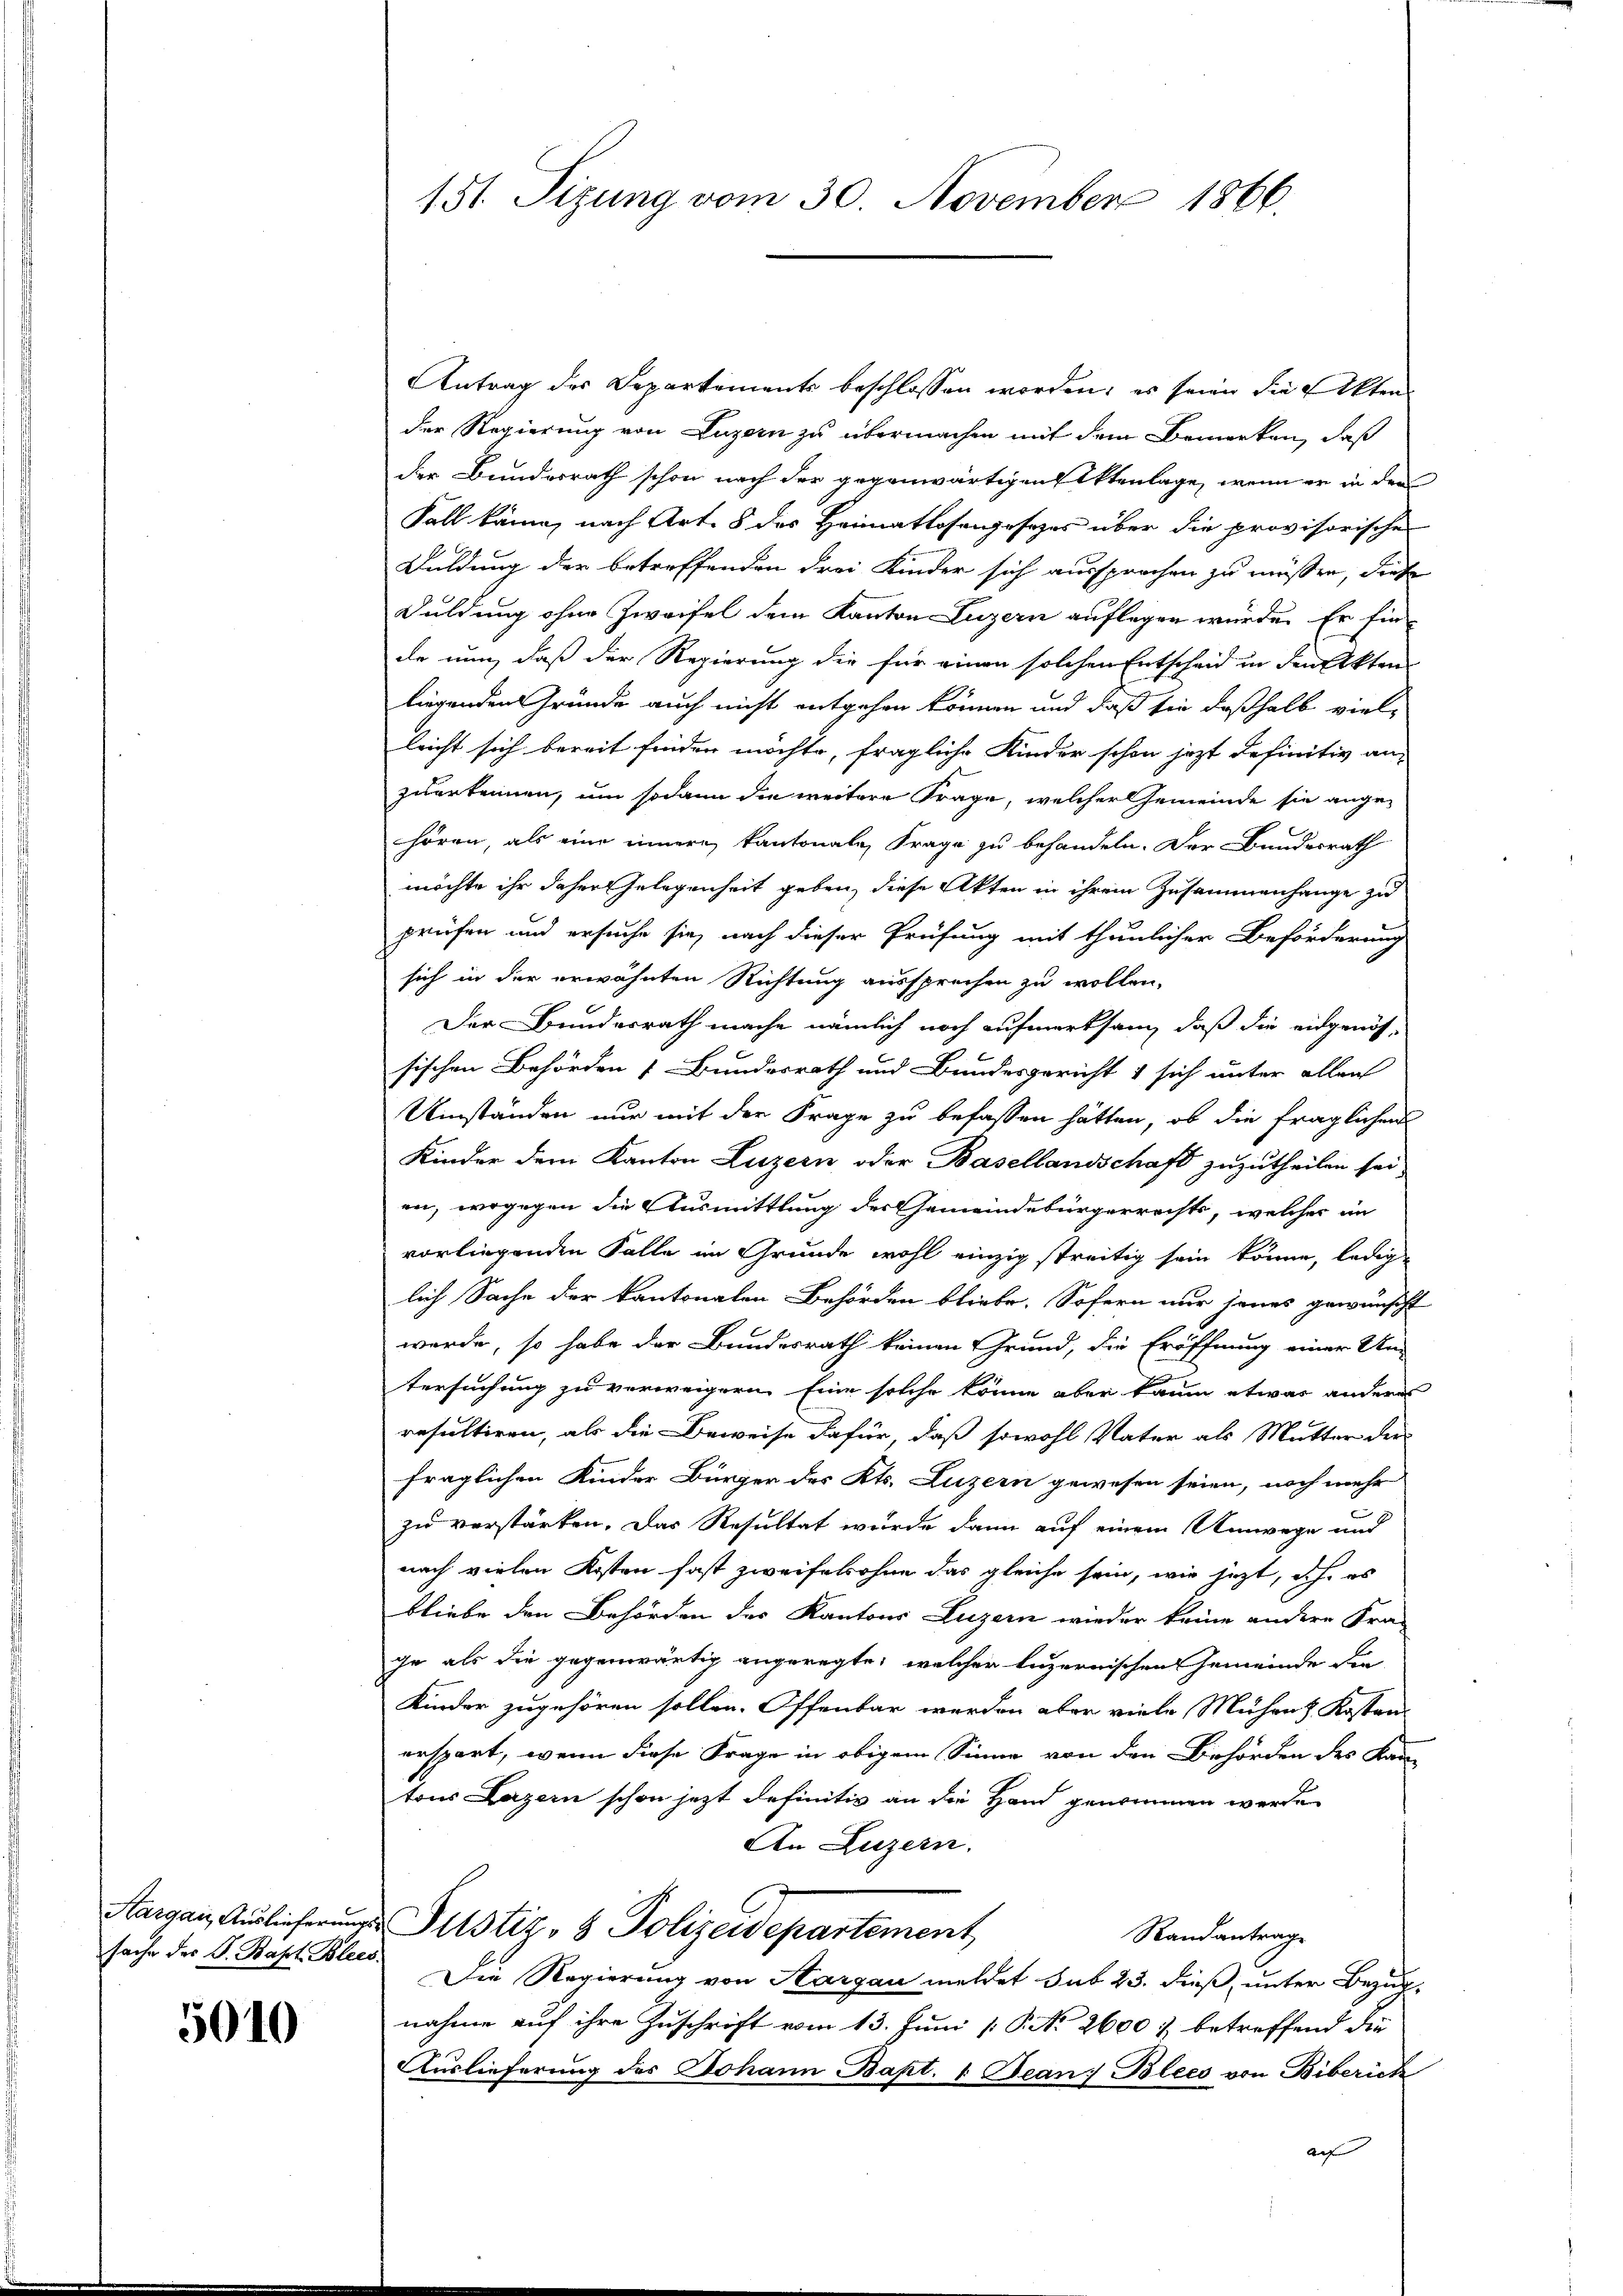
sache der S. Bapt. Bleis

5010

151. Sizung vom 30. November 1866.

Antrag der Departements beschlossen worden; es seien die Akten
der Regierung von Luzern zu übermachen mit dem Bemerken, daß
der Bundesrath schon nach der gegenwärtigen Aktenlage, wenn er in der
Fall kann, nach Art. 8 des Heimatlosengesezes über die provisorisches
Duldung der betreffenden drei Kinder sich aussprochen zu müssen, diese
Duldung ohne Zweifel dem Kanton Luzern auflegen würde. Er fin-
de nun, daß der Regierung die für einen solchen Entscheid in den Akten
liegenden Gründe auch nicht entgehen können und daß sie deßhalb viel-
leicht sich bereit finden möchte, fragliche Kinder schon jezt definitiv an-
zuerkennen, um sodann die weitere Frage, welcher Gemeinde sie ange-
hören, als eine innern kantonale Frage zu behandeln. Der Bundesrath
möchte ihr daher Gelegenheit geben, diese Akten in ihrem Zusammenhange zu
prüfen und ersuche sie, nach dieser Prüfung mit thunlicher Beförderung
sich in der erwähnten Richtung aussprechen zu wollen.
Der Bundesrath mache nämlich noch aufmerksam, daß die eidgenös-
sischen Behörden Bundesrath und Bundesgericht 1 sich unter allen
Umständen nur mit der Frage zu befassen hätten, ob die fraglichen
Kinder dem Kanton Luzern oder Basellandschaft zuzutheilen sei,
en, wogegen die Ausmittlung der Gemeindebürgerrechts, welcher im
vorliegenden Falle im Grunde wohl einzig streitig sein könne, ledige
lich Sache der kantonalen Behörden bliebe. Sofern nur jenes gewünscht
werde, so habe der Bundesrath keinen Grund, die Eröffnung einer Un-
tersuchung zu verweigern. Eine solche könne aber kaum etwas anderes
resultiren, als die Beweise dafür, daß sowohl Vater als Mutter der
fraglichen Kinder Bürger des Kts. Luzern gewesen seien, noch mehr
zu verstärken. Das Resultat wurde dann auf einem Umwege und
nach vielen Kosten fast zweifelohne das gleiche sein, wie jetzt, d.h. es
bliebe den Behörden des Kantons Luzern wieder keine andere Fra-
ge als die gegenwärtig angeregte, welcher luzernischen Gemeinde die
Kinder zugehören sollen. Offenbar werden aber viele Mühen Kosten-
erspart, wenn diese Frage in obigem Sinne von den Behörden des Kan-
tons Luzern schon jetzt definitiv an die Hand genommen werde.
An Luzern.
Aargau, Auslicher Justiz- & Polizeidepartement,
Randantrag
Die Regierung von Hargau meldet sub 23. dieß, unter Bezug,
nahme auf ihre Zuschrift vom 13. Juni [ P. No 2600 & betreffend die
Auslieferung des Johann Bapt. 1 Bean; Blecs von Biberich
Auf